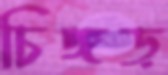
চিঙ্গড়